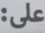
على: